Indian journal of veterinary science and animal husbandry - Volume 12,
Year: 1942
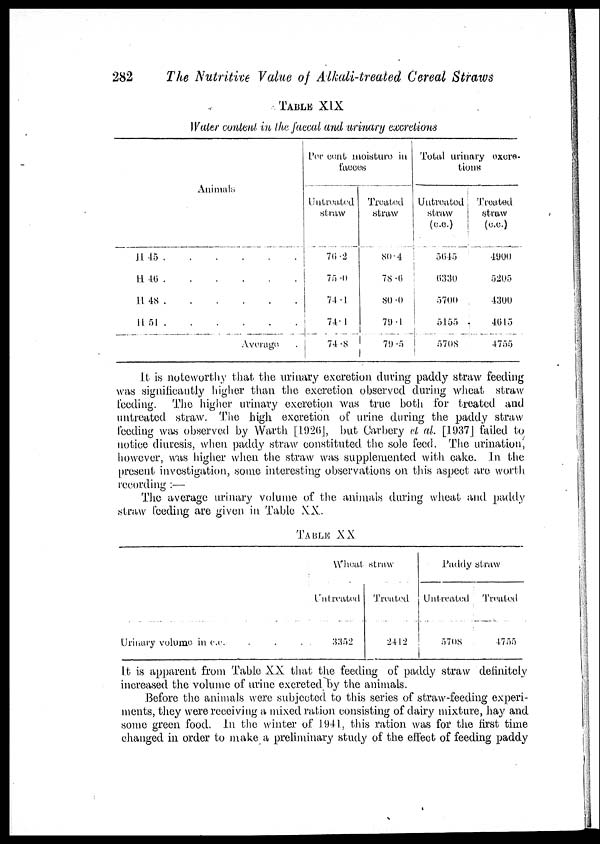
282
The Nutritive Value of Alkali-treated Cereal Straws
TABLE XIX
Water content in the faecal and urinary excretions
Animals
H.45 . . . . . .
H
46
.
.
.
.
.
.
H
48 . . . . . .
H 51 . . . . . .
Average
Per cent moisture in
facces
Untreated
straw
76.2
75.0
74.1
74.1
74.8
Treated
straw
80.4
78.6
80.0
79.1
79.5
Total urinary excrs-
tions
Untreated
straw
(c.c.)
5645
6330
5700
5155
5708
Treated
straw
(c.c.)
4900
5205
4300
4615
4755
it is noteworthy that the urinary excretion during paddy straw feeding
was significantly higher than the excretion observed during wheat straw
feeding. The higher urinary excretion was true both for treated and
untreated straw. The high excretion of urine during the paddy straw
feeding was observed by Warth [1926], but Carbery et al. [1937] failed to
notice diuresis, when paddy straw constituted the sole feed. The urination,
however, was higher when the straw was supplemented with cake. In the
present investigation, some interesting observations on this aspect are worth
recording :—
The average urinary volume of the animals during wheat and paddy
straw feeding are given in Table XX.
TABLE XX
Urinary volume in
c.c.
.
.
.
Wheat straw
Untreated
3352
Treated
2412
Paddy straw
Untreated
5708
Treated
4755
It is apparent from Table XX that the feeding of paddy straw definitely
increased the volume of urine excreted by the animals.
Before the animals were subjected to this series of straw-feeding experi-
ments, they were receiving a mixed ration consisting of dairy mixture, hay and
some green food. In the winter of 1941, this ration was for the first time
changed in order to make a preliminary study of the effect of feeding paddy